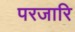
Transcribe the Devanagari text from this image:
परजारि